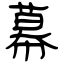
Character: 幕